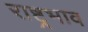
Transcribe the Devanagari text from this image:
राष्ट्रभाव